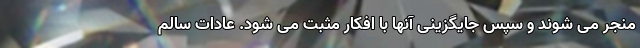
منجر می شوند و سپس جایگزینی آنها با افکار مثبت می شود. عادات سالم